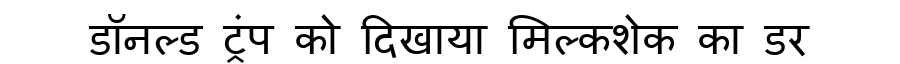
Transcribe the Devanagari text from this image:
डॉनल्ड ट्रंप को दिखाया मिल्कशेक का डर